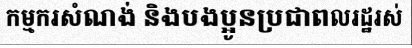
កម្មករសំណង់ និងបងប្អូនប្រជាពលរដ្ឋរស់